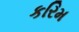
કરિમ